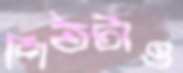
পিঠটাও